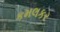
કમલકર